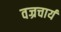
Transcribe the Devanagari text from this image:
वज्रचार्य